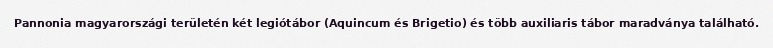
Pannonia magyarországi területén két legiótábor (Aquincum és Brigetio) és több auxiliaris tábor maradványa található.